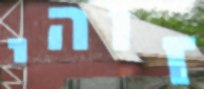
זוהי